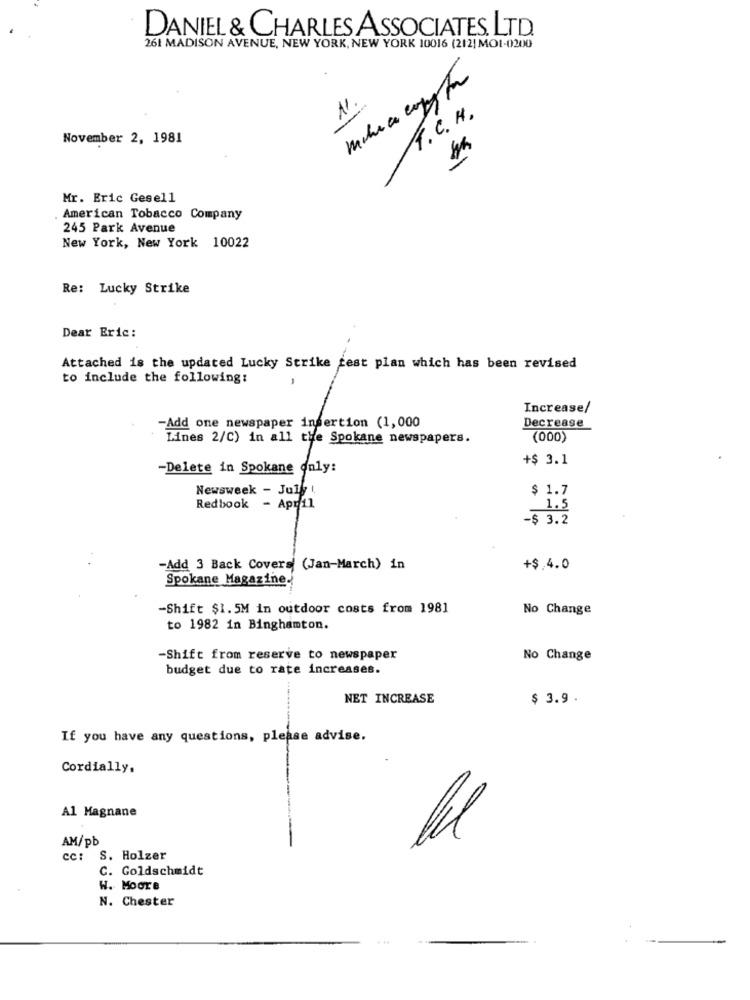
DANIEL & CHARLES ASSOCIATES. LTD.
261 MADISON AVENUE, NEW YORK, NEW YORK 10016 (212| MOL-0200
11.
4. C. H.
November 2, 1981
Mr. Eric Gesell
American Tobacco Company
245 Park Avenue
New York, New York 10022
Re: Lucky Strike
Dear Eric:
Attached is the updated Lucky Strike fest plan which has been revised
to include the following:
Increase/
-Add one newspaper insertion (1,000
Decrease
Lines 2/C) in all the Spokane newspapers.
(000)
+$ 3.1
-Delete in Spokane only:
Newsweek - July 1.
$ 1.7
Redbook - Apr11
1.5
-$ 3.2
-Add 3 Back Covers (Jan-March) in
+$.4.0
Spokane Magazine.
-Shift $1.5M in outdoor costs from 1981
No Change
to 1982 in Binghamton.
-Shift from reserve to newspaper
No Change
budget due to rate increases.
NET INCREASE
$ 3.9 .
If you have any questions, please advise.
Cordially,
Al Magnane
AM/pb
cc: S. Holzer
C. Goldschmidt
W. Moore
N. Chester